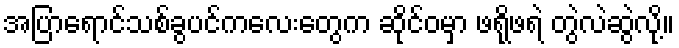
အပြာရောင်သစ်ခွပင်ကလေးတွေက ဆိုင်ဝမှာ ဖရိုဖရဲ တွဲလဲဆွဲလို့။